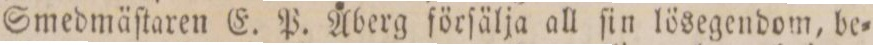
Smedmäſtaren E. P. Åberg förſälja all ſin lösegendom, be=